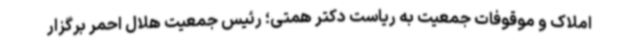
املاک و موقوفات جمعیت به ریاست دکتر همتی؛ رئیس جمعیت هلال احمر برگزار